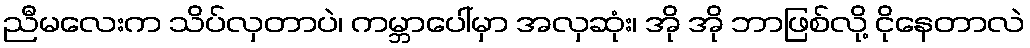
ညီမလေးက သိပ်လှတာပဲ၊ ကမ္ဘာပေါ်မှာ အလှဆုံး၊ အို အို ဘာဖြစ်လို့ ငိုနေတာလဲ